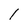
Character: 1